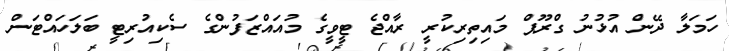
ހަމަލާ ދޭން އުޅުނު ގްރޫޕް މައިތިރިކުރީ ރާއްޖެ ޓީވީގެ މުއައްޒަފުންގެ ސެކިއުރިޓީ ބަލަހައްޓަން